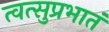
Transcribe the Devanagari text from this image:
त्वत्सुप्रभातं